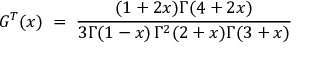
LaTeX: G ^ { T } ( x ) \; = \; { \frac { ( 1 + 2 x ) \Gamma ( 4 + 2 x ) } { 3 \Gamma ( 1 - x ) \, \Gamma ^ { 2 } ( 2 + x ) \Gamma ( 3 + x ) } }